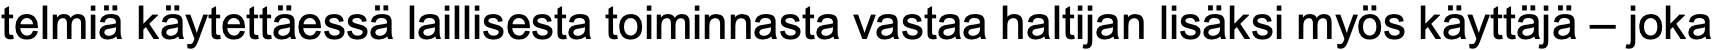
telmiä käytettäessä laillisesta toiminnasta vastaa haltijan lisäksi myös käyttäjä – joka